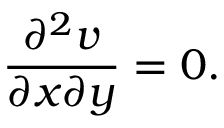
{ \frac { \partial ^ { 2 } v } { \partial x \partial y } } = 0 .